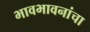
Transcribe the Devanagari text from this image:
भावभावनांचा